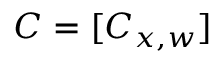
C = [ C _ { x , w } ]